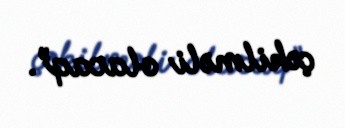
çəkilməli olacaq”.